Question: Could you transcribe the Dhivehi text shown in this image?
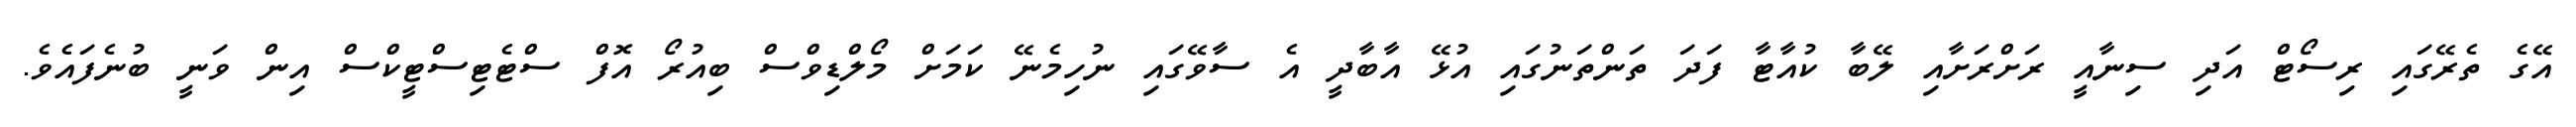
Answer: އޭގެ ތެރޭގައި ރިސޯޓް އަދި ސިނާއީ ރަށްރަށާއި ލޭބާ ކުއާޓާ ފަދަ ތަންތަނުގައި އުޅޭ އާބާދީ އެ ސާވޭގައި ނުހިމެނޭ ކަމަށް މޯލްޑިވްސް ބިއުރޯ އޮފް ސްޓެޓިސްޓީކްސް އިން ވަނީ ބުނެފައެވެ.